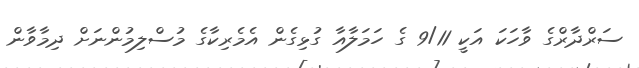
ސަރްދާރްގެ ވާހަކަ އަކީ 9/11 ގެ ހަމަލާއާ ގުޅިގެން އެމެރިކާގެ މުސްލިމުންނަށް ދިމާވާން